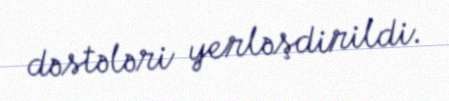
dəstələri yerləşdirildi.